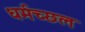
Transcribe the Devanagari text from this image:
धर्मच्छल